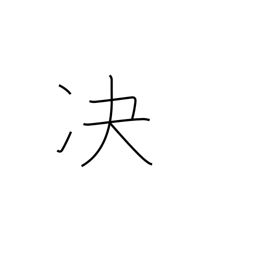
Meaning: decide